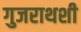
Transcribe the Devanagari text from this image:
गुजराथशी